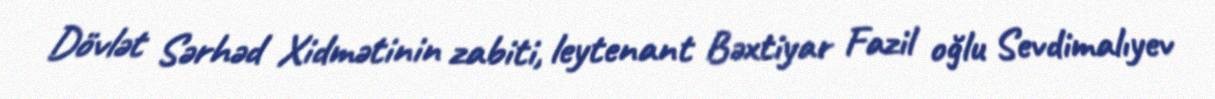
Dövlət Sərhəd Xidmətinin zabiti, leytenant Bəxtiyar Fazil oğlu Sevdimalıyev